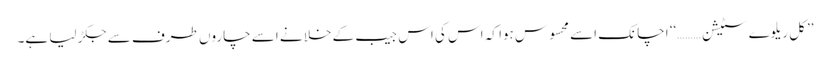
’’کل ریلوے سٹیشن ………‘‘ اچانک اسے محسوس ہوا کہ اس کی اس جیب کے خلا نے اسے چاروں طرف سے جکڑ لیا ہے۔